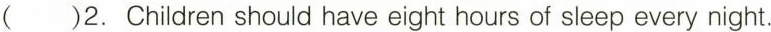
( )2. Children should have eight hours of sleep every night.